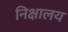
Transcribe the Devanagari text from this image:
निक्षालय